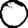
Digit: 0